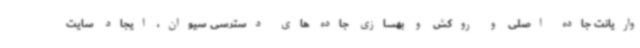
واریانت جاده اصلی و روکش و بهسازی جاده های دسترسی سیوان، ایجاد سایت